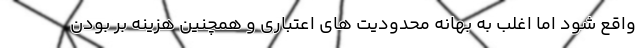
واقع شود اما اغلب به بهانه محدودیت های اعتباری و همچنین هزینه بر بودن